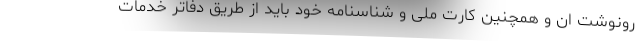
رونوشت ان و همچنین کارت ملی و شناسنامه خود باید از طریق دفاتر خدمات